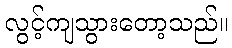
လွင့်ကျသွားတော့သည်။